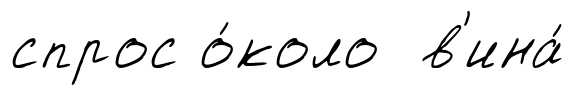
спрос о́коло в'ина́